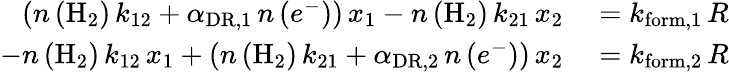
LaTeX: \begin{array}{rl}{\left(n\left(\mathrm{H}_{2}\right)\, k_{12}+\alpha_{\mathrm{DR},1}\, n\left(e^{-}\right)\right)\, x_{1}-n\left(\mathrm{H}_{2}\right)\, k_{21}\, x_{2}}&{{}=k_{\mathrm{form},1}\, R}\\ {-n\left(\mathrm{H}_{2}\right)\, k_{12}\, x_{1}+\left(n\left(\mathrm{H}_{2}\right)\, k_{21}+\alpha_{\mathrm{DR},2}\, n\left(e^{-}\right)\right)\, x_{2}}&{{}=k_{\mathrm{form},2}\, R}\end{array}